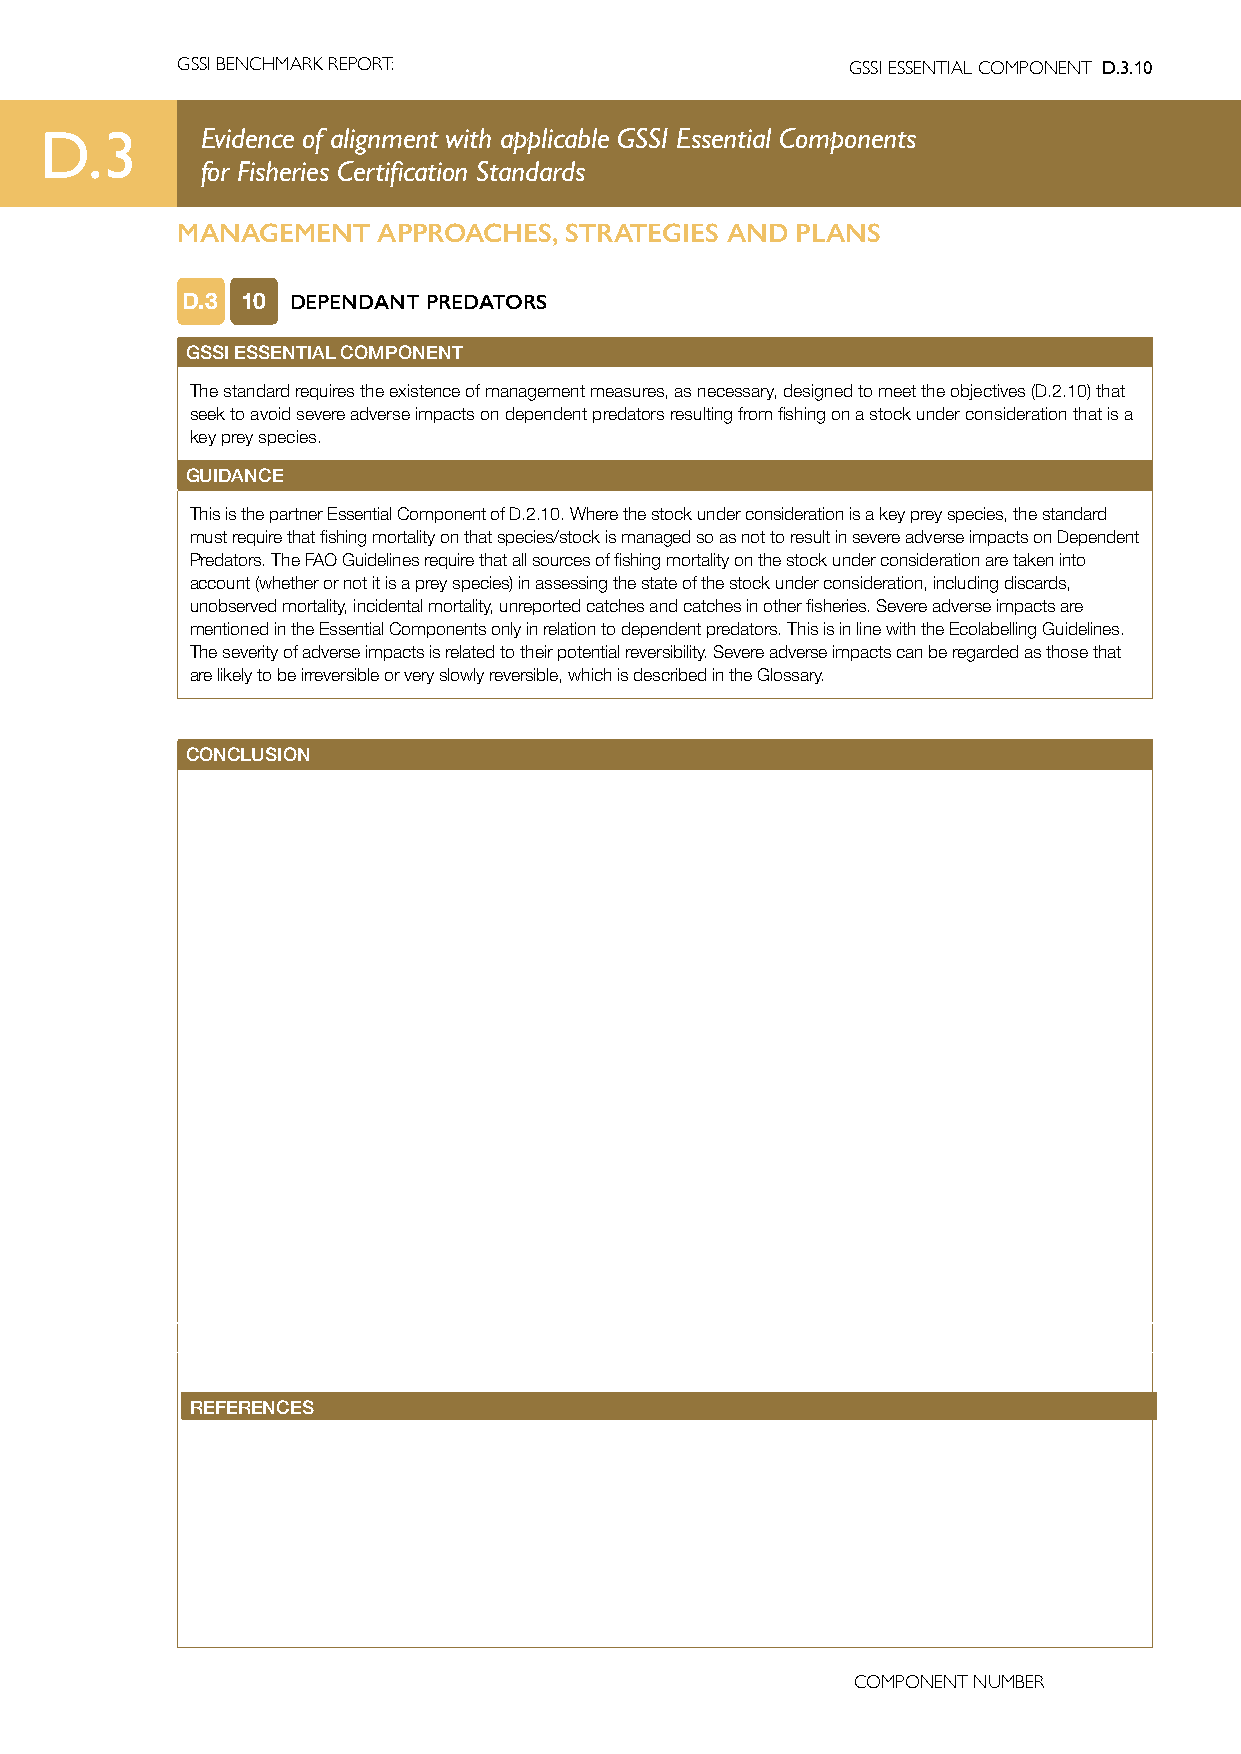
GSSI BENCHMARK REPORT:                      GSSI ESSENTIAL COMPONENT D.3.10
 D.3       Evidence of alignment with applicable GSSI Essential Components
 for Fisheries Certification Standards
 MANAGEMENT   APPROACHES, STRATEGIES AND  PLANS
 D.3 10 DEPENDANT PREDATORS
 GSSI ESSENTIAL COMPONENT
 The standard requires the existence of management measures, as necessary, designed to meet the objectives (D.2.10) that
 seek to avoid severe adverse impacts on dependent predators resulting from fishing on a stock under consideration that is a
 key prey species.
 GUIDANCE
 This is the partner Essential Component of D.2.10. Where the stock under consideration is a key prey species, the standard
 must require that fishing mortality on that species/stock is managed so as not to result in severe adverse impacts on Dependent
 Predators. The FAO Guidelines require that all sources of fishing mortality on the stock under consideration are taken into
 account (whether or not it is a prey species) in assessing the state of the stock under consideration, including discards,
 unobserved mortality, incidental mortality, unreported catches and catches in other fisheries. Severe adverse impacts are
 mentioned in the Essential Components only in relation to dependent predators. This is in line with the Ecolabelling Guidelines.
 The severity of adverse impacts is related to their potential reversibility. Severe adverse impacts can be regarded as those that
 are likely to be irreversible or very slowly reversible, which is described in the Glossary.
 CONCLUSION
 REFERENCES
 COMPONENT NUMBER